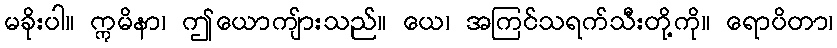
မခိုးပါ။ ဣမိနာ၊ ဤယောကျ်ားသည်။ ယေ၊ အကြင်သရက်သီးတို့ကို။ ရောပိတာ၊